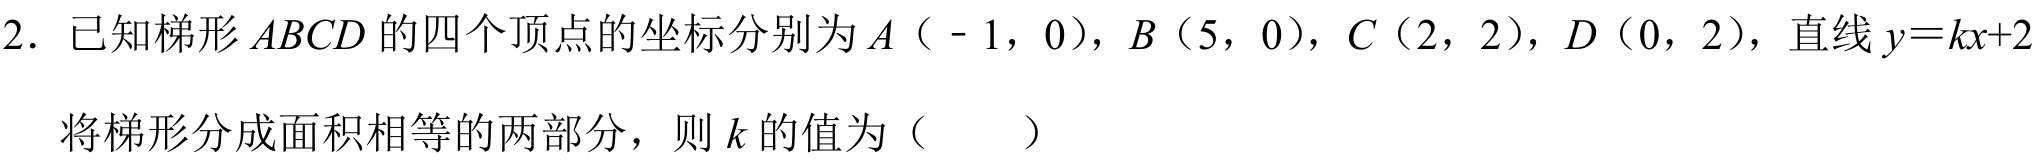
2. 已知梯形 \(ABCD\) 的四个顶点的坐标分别为 \(A（ - 1，0）\)，\(B（5，0）\)，\(C（2，2）\)，\(D（0，2）\)，直线 \(y = kx + 2\)将梯形分成面积相等的两部分，则 \(k\) 的值为（  ）